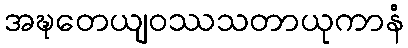
အဍ္ဎတေယျဝဿသတာယုကာနံ